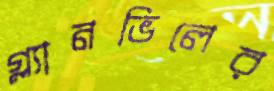
গ্ল্যানভিলের